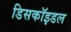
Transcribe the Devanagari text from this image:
डिसकॉइडल